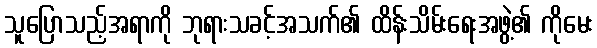
သူပြောသည့်အရာကို ဘုရားသခင့်အသက်၏ ထိန်းသိမ်းရေးအဖွဲ့၏ ကိုမေး